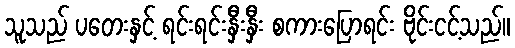
သူသည် ပတေးနှင့် ရင်းရင်းနှီးနှီး စကားပြောရင်း ဗိုင်းငင့်သည်။